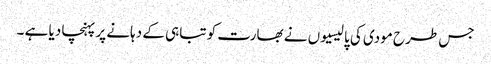
جس طرح مودی کی پالیسیوں نے بھارت کو تباہی کے دہانے پر پہنچا دیا ہے ۔